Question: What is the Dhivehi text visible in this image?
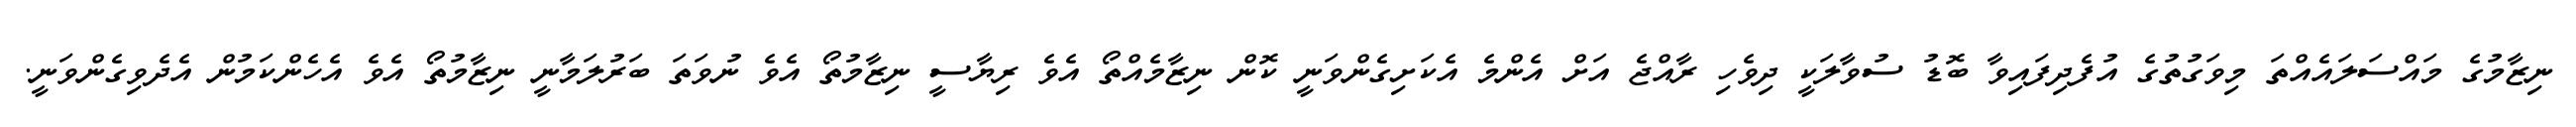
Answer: ނިޒާމުގެ މައްސަލައެއްތަ މިވަގުތުގެ އުފެދިފައިވާ ބޮޑު ސުވާލަކީ ދިވެހި ރާއްޖެ އަށް އެންމެ އެކަށިގެންވަނީ ކޮން ނިޒާމެއްތޯ އެވެ ރިޔާސީ ނިޒާމުތޯ އެވެ ނުވަތަ ބަރުލަމާނީ ނިޒާމުތޯ އެވެ އެހެންކަމުން އެދެވިގެންވަނީ.